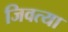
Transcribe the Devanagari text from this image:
जिवत्या